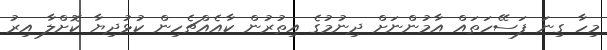
މިހާ ގިނަ ފަސޭހަތައް އާމުންނަށް ދިނުމުގެ އިތުރުން ކާއެއްޗެހިން ކުޅުދިޔާ ކޮށްލާ އިރު